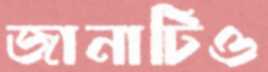
জানাটিও